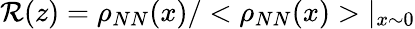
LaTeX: \mathcal{R}(z)=\rho_{NN}(x)/<\rho_{NN}(x)>\vert_{x\sim0}